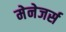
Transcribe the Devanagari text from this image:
मेनेजर्स